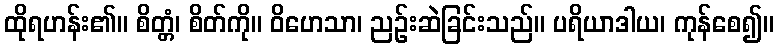
ထိုရဟန်း၏။ စိတ္တံ၊ စိတ်ကို။ ဝိဟေသာ၊ ညဉ်းဆဲခြင်းသည်။ ပရိယာဒါယ၊ ကုန်စေ၍။